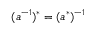
( a ^ { - 1 } ) ^ { * } = ( a ^ { * } ) ^ { - 1 }